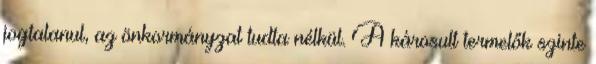
jogtalanul, az önkormányzat tudta nélkül. A károsult termelők szinte